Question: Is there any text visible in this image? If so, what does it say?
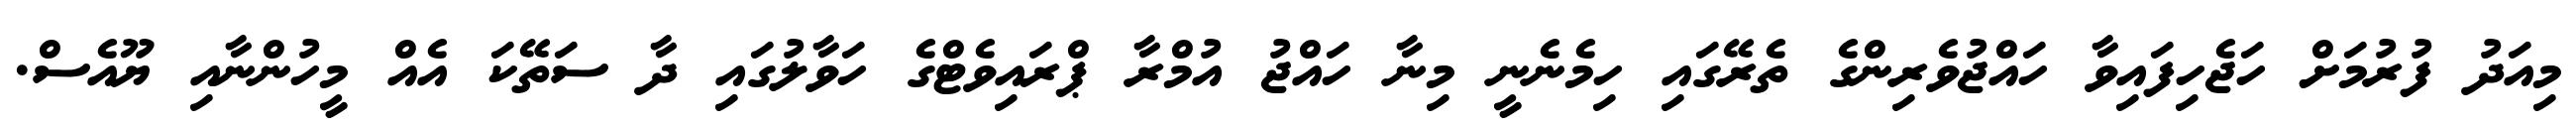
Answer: މިއަދު ފުރުމަށް ހަޖެހިފައިވާ ހައްޖުވެރިންގެ ތެރޭގައި ހިމެނެނީ މިނާ ހައްޖު އުމްރާ ޕްރައިވެޓްގެ ހަވާލުގައި ދާ ސަތޭކަ އެއް މީހުންނާއި ޔޫއެސް.